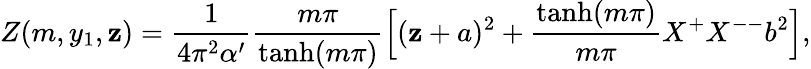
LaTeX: Z(m,y_{1},\mathbf{z})=\frac{{1}}{{4\pi^{2}\alpha^{\prime}}}\frac{{m\pi}}{{\operatorname{tanh}(m\pi)}}\Bigl[(\mathbf{z}+a)^{2}+\frac{{\operatorname{tanh}(m\pi)}}{{m\pi}}X^{+}X^{--}b^{2}\Bigr],